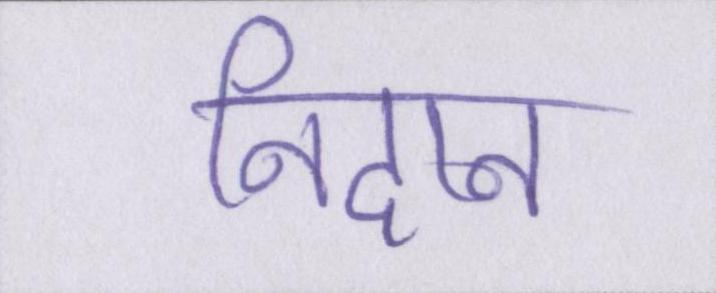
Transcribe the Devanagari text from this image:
निदान